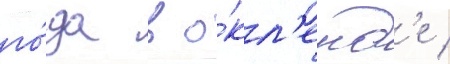
го́да в о́кл'енд'е /